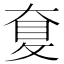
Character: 𡙐